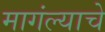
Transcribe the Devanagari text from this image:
मागंल्याचे